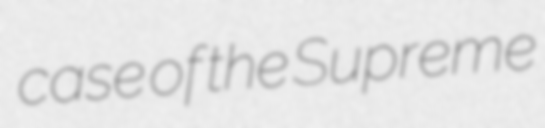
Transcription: case of the Supreme